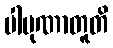
ပါပုဏာတူတိ